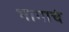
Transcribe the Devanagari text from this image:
भागाचं